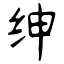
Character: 绅